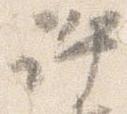
許